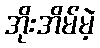
အိုးအိမ်မဲ့